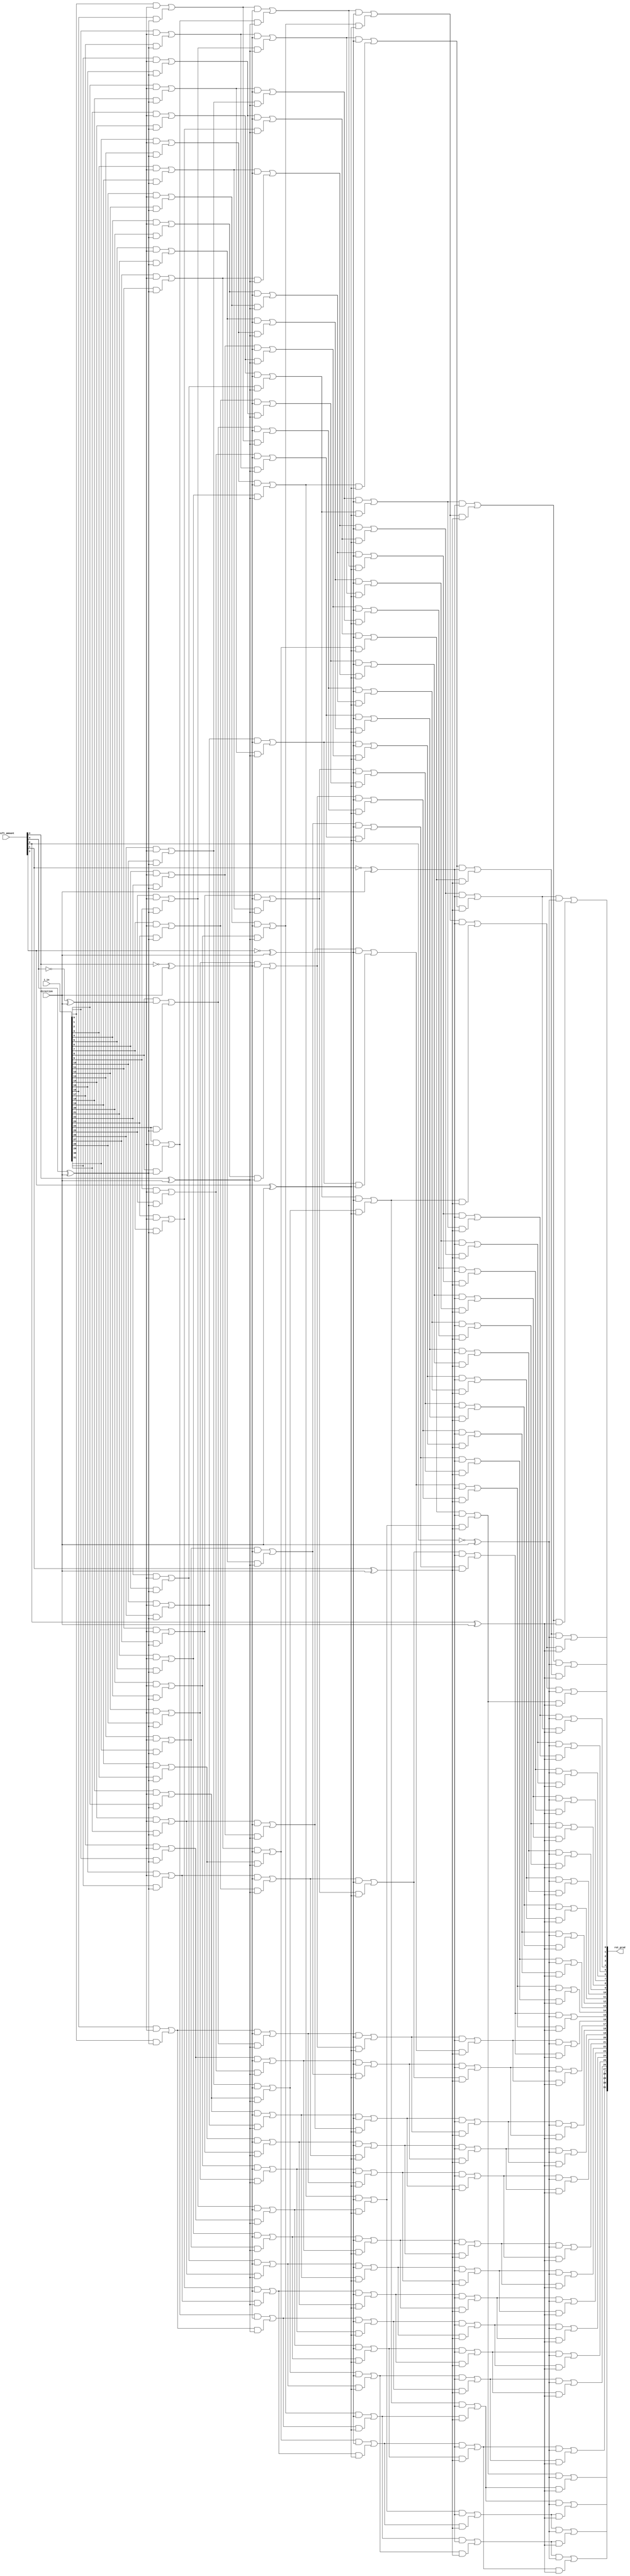
module a23_barrel_shift_fpga_rotate(i_in, direction, shift_amount, rot_prod);

input  [31:0] i_in;
input         direction;
input  [4:0]  shift_amount;
output [31:0] rot_prod;

// Generic rotate. Theoretical cost: 32x5 4-to-1 LUTs.
// Practically a bit higher due to high fanout of "direction".
generate
genvar i, j;
        for (i = 0; i < 5; i = i + 1)
        begin : netgen
                wire [31:0] in;
                reg [31:0] out;
                for (j = 0; j < 32; j = j + 1)
                begin : net
                        always @*
                                out[j] = in[j] & (~shift_amount[i] ^ direction) |
                                         in[wrap(j, i)] & (shift_amount[i] ^ direction);
                end
        end

        // Order is reverted with respect to volatile shift_amount[0]
        assign netgen[4].in = i_in;
        for (i = 1; i < 5; i = i + 1)
        begin : router
                assign netgen[i-1].in = netgen[i].out;
        end
endgenerate

// Aliasing
assign rot_prod = netgen[0].out;

function [4:0] wrap;
input integer pos;
input integer level;
integer out;
begin
        out = pos - (1 << level);
        wrap = out[4:0];
end
endfunction

endmodule